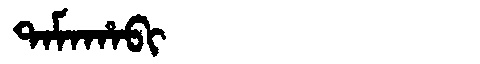
Manchu: ᡨᠠᠮᠠᡥᠠᠪᡳ
Romanization: TAMAHABI